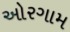
ઓરગામ